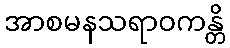
အာစမနသရာဝကန္တိ